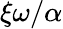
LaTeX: \xi\omega/\alpha